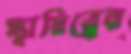
স্থায়িত্বের